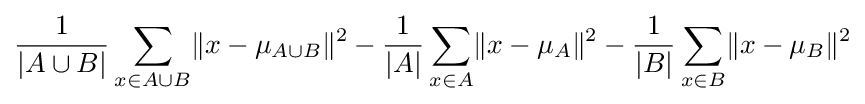
{\frac {1}{|A\cup B|}}\sum _{x\in A\cup B}\lVert x-\mu _{A\cup B}\rVert ^{2}-{\frac {1}{|A|}}\sum _{x\in A}\lVert x-\mu _{A}\rVert ^{2}-{\frac {1}{|B|}}\sum _{x\in B}\lVert x-\mu _{B}\rVert ^{2}